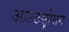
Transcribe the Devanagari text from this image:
आउटसोॄसग